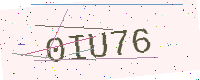
Text: 0IU76